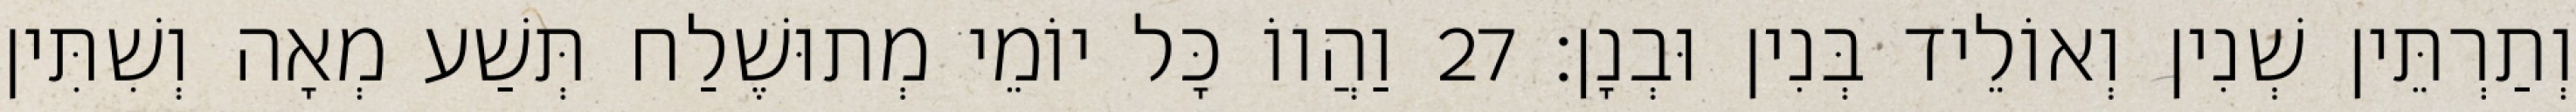
וְתַרְתֵּין שְׁנִין וְאוֹלֵיד בְּנִין וּבְנָן׃ 27 וַהֲווֹ כָּל יוֹמֵי מְתוּשֶׁלַח תְּשַׁע מְאָה וְשִׁתִּין